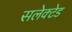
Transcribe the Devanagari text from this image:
सलेक्टेड